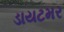
ડાયટમર